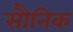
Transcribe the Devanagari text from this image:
सौनिक